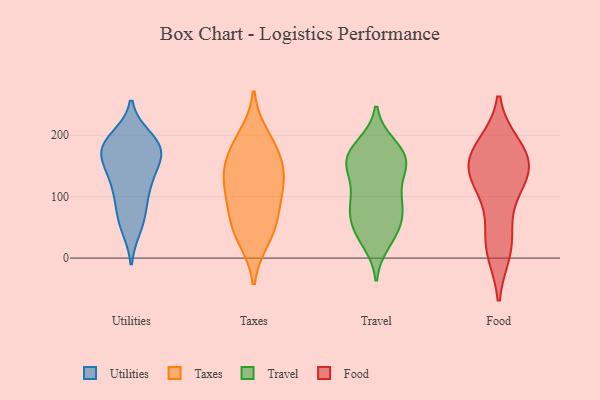
{"axis": {"x": "Revenue (USD Million)", "y": "Value"}, "legend": ["Food", "Taxes", "Travel", "Utilities"], "data": [{"x": "", "y": 124, "type": "Utilities"}, {"x": "", "y": 106, "type": "Utilities"}, {"x": "", "y": 185, "type": "Utilities"}, {"x": "", "y": 195, "type": "Utilities"}, {"x": "", "y": 175, "type": "Utilities"}, {"x": "", "y": 182, "type": "Utilities"}, {"x": "", "y": 80, "type": "Utilities"}, {"x": "", "y": 147, "type": "Utilities"}, {"x": "", "y": 183, "type": "Utilities"}, {"x": "", "y": 51, "type": "Utilities"}, {"x": "", "y": 163, "type": "Utilities"}, {"x": "", "y": 172, "type": "Utilities"}, {"x": "", "y": 124, "type": "Utilities"}, {"x": "", "y": 60, "type": "Utilities"}, {"x": "", "y": 198, "type": "Taxes"}, {"x": "", "y": 174, "type": "Taxes"}, {"x": "", "y": 73, "type": "Taxes"}, {"x": "", "y": 116, "type": "Taxes"}, {"x": "", "y": 31, "type": "Taxes"}, {"x": "", "y": 116, "type": "Taxes"}, {"x": "", "y": 138, "type": "Taxes"}, {"x": "", "y": 70, "type": "Taxes"}, {"x": "", "y": 41, "type": "Taxes"}, {"x": "", "y": 135, "type": "Taxes"}, {"x": "", "y": 173, "type": "Taxes"}, {"x": "", "y": 158, "type": "Travel"}, {"x": "", "y": 86, "type": "Travel"}, {"x": "", "y": 185, "type": "Travel"}, {"x": "", "y": 181, "type": "Travel"}, {"x": "", "y": 158, "type": "Travel"}, {"x": "", "y": 177, "type": "Travel"}, {"x": "", "y": 101, "type": "Travel"}, {"x": "", "y": 158, "type": "Travel"}, {"x": "", "y": 53, "type": "Travel"}, {"x": "", "y": 33, "type": "Travel"}, {"x": "", "y": 148, "type": "Travel"}, {"x": "", "y": 82, "type": "Travel"}, {"x": "", "y": 48, "type": "Travel"}, {"x": "", "y": 87, "type": "Travel"}, {"x": "", "y": 25, "type": "Travel"}, {"x": "", "y": 121, "type": "Travel"}, {"x": "", "y": 152, "type": "Travel"}, {"x": "", "y": 148, "type": "Travel"}, {"x": "", "y": 82, "type": "Travel"}, {"x": "", "y": 52, "type": "Travel"}, {"x": "", "y": 144, "type": "Food"}, {"x": "", "y": 46, "type": "Food"}, {"x": "", "y": 13, "type": "Food"}, {"x": "", "y": 158, "type": "Food"}, {"x": "", "y": 16, "type": "Food"}, {"x": "", "y": 179, "type": "Food"}, {"x": "", "y": 115, "type": "Food"}, {"x": "", "y": 119, "type": "Food"}, {"x": "", "y": 181, "type": "Food"}, {"x": "", "y": 142, "type": "Food"}, {"x": "", "y": 161, "type": "Food"}]}